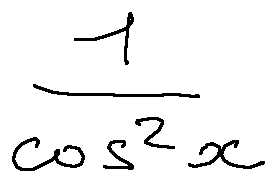
\frac { 1 } { \cos ^ { 2 } x }